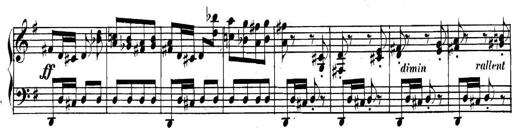
Title: Collected Piano Sonatas
Composer: Muzio Clementi